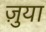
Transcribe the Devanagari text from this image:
ज़ुया